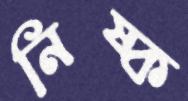
নিষ্ক